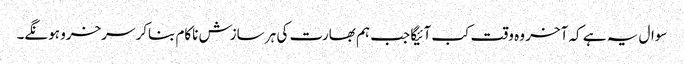
سوال یہ ہے کہ آخر وہ وقت کب آئیگا جب ہم بھارت کی ہر سازش ناکام بناکر سرخرو ہونگے۔